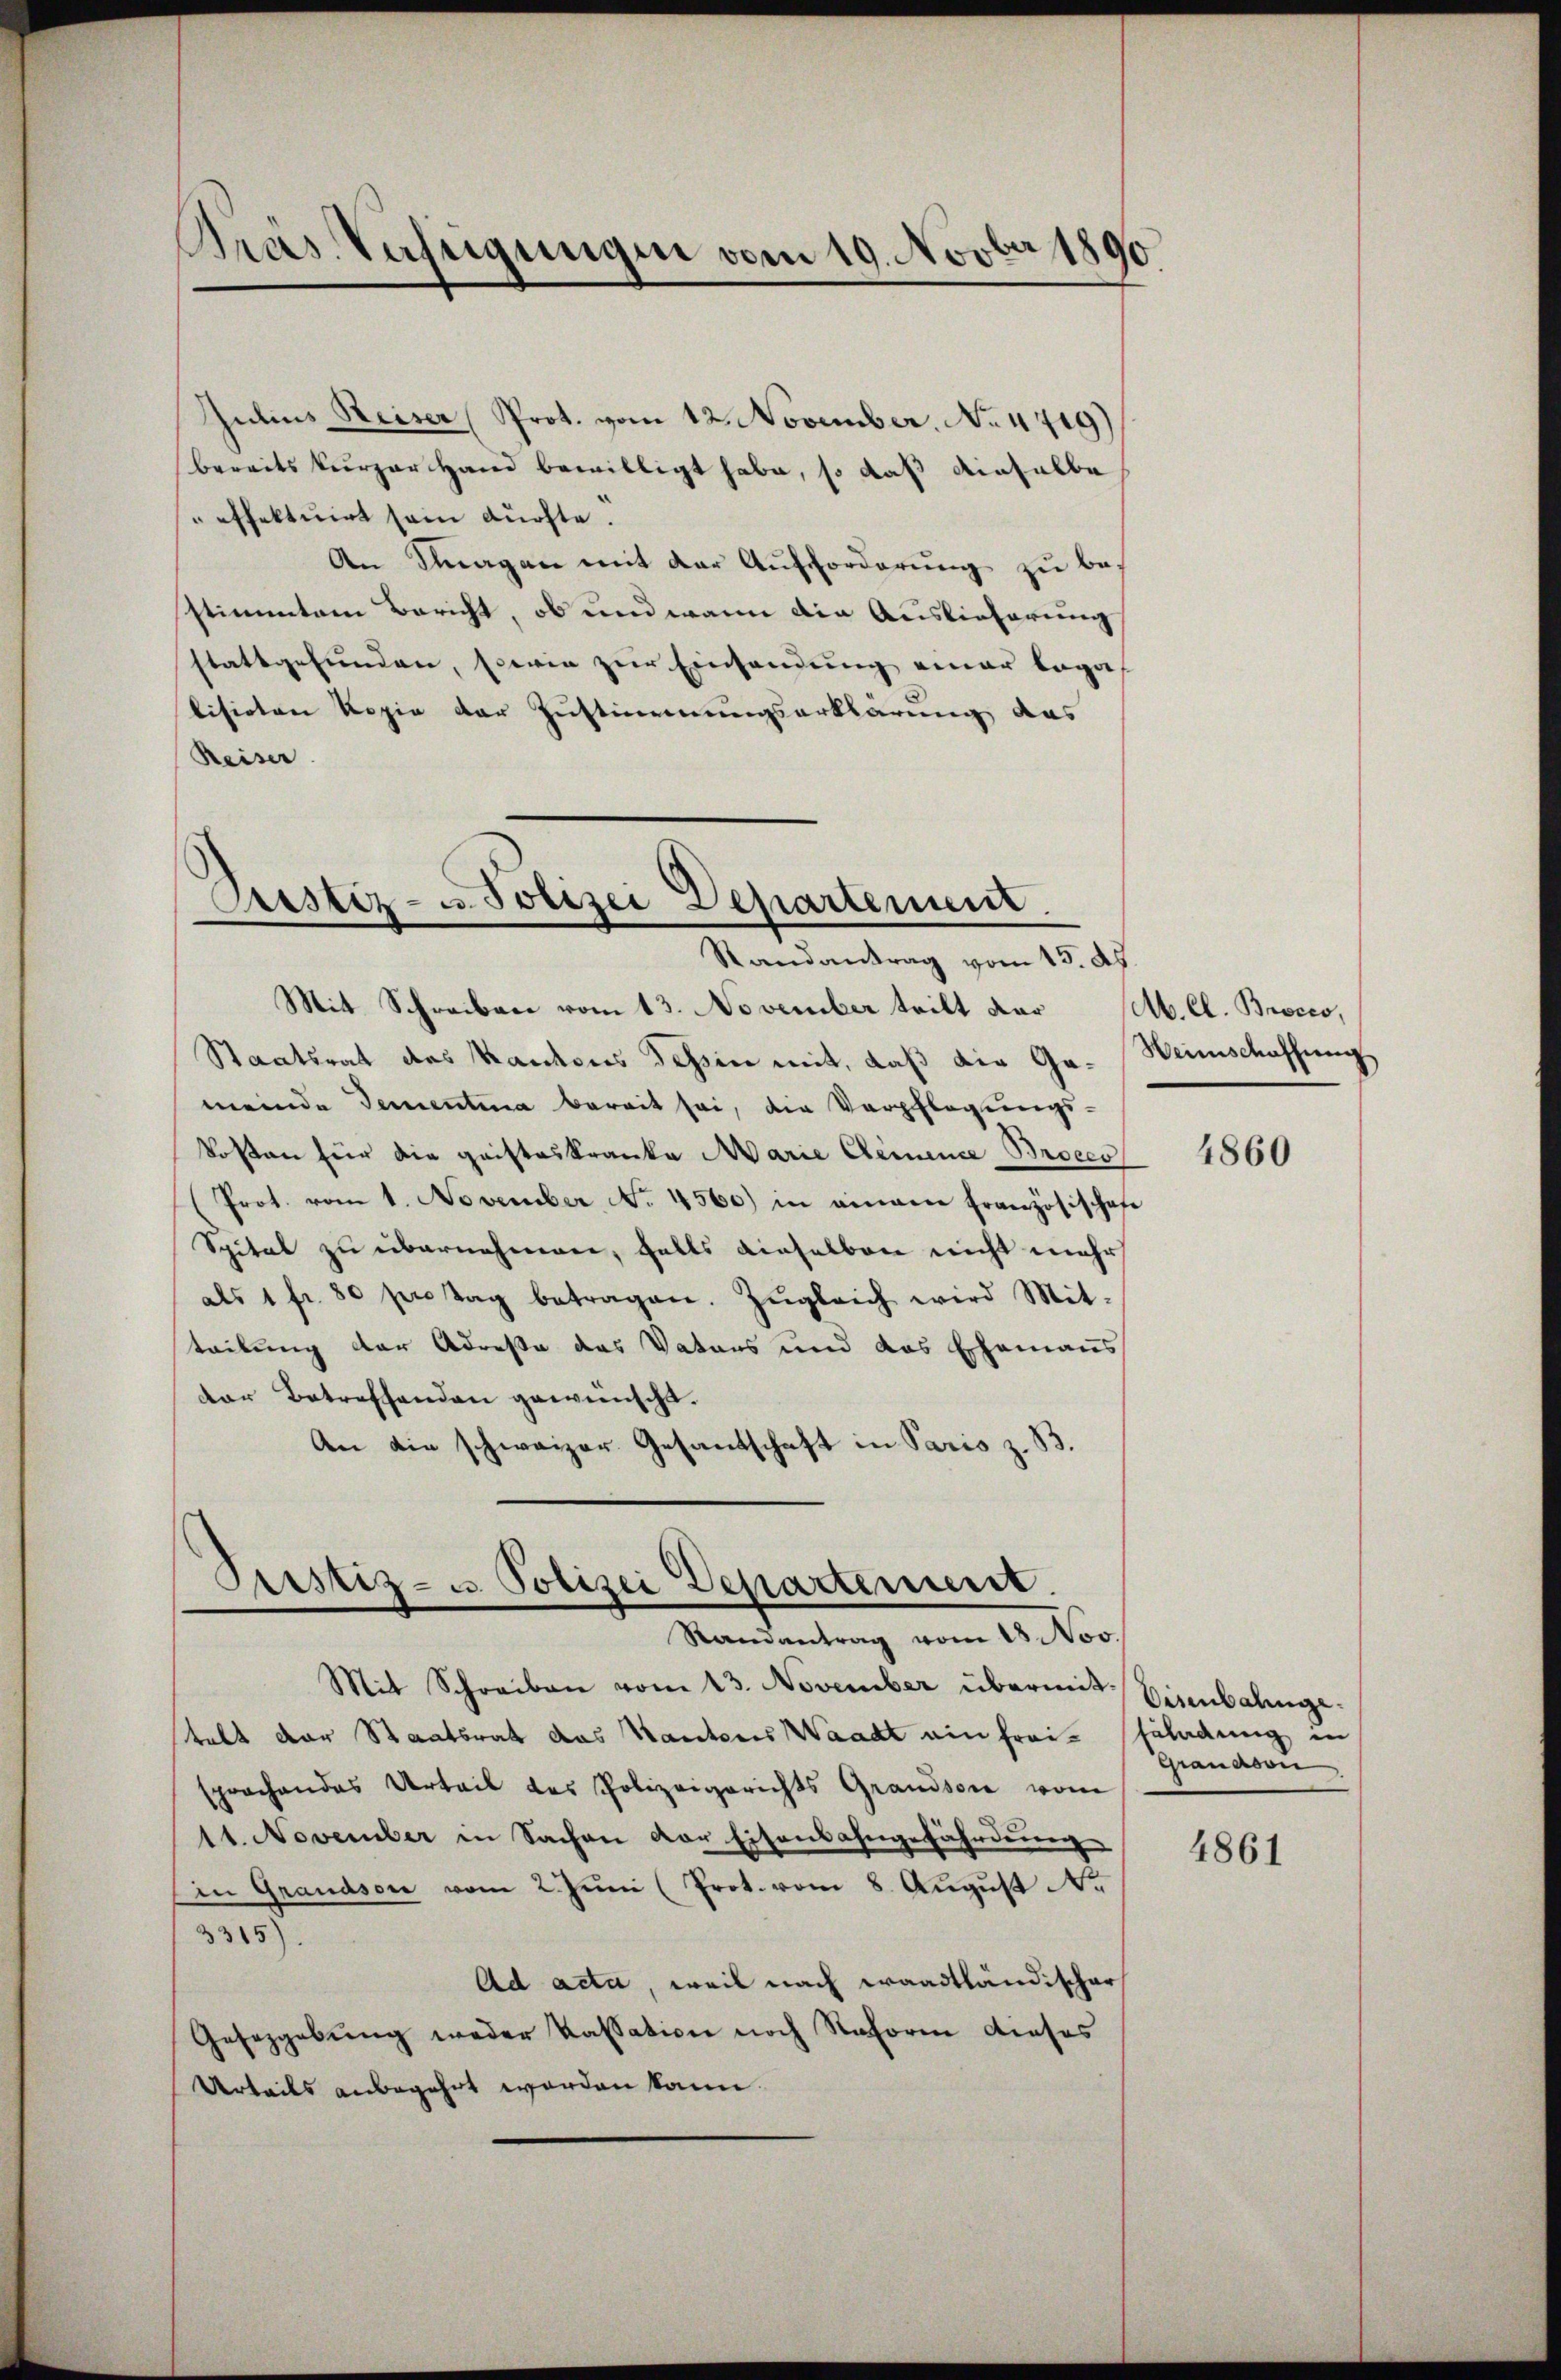
Gras Vateigungen vom 19. Novber 1890.

Julius Reiser Prot. vom 12. November. No. 4719)
bereits kurzer Hand bewilligt habe, so daß dieselbe
effektuirt sein dürfte.
An Klagen mit der Aufforderung zu bestimmtem Bericht, ob und wann die Auslieferung
stattgefunden, sowie zur Einsendung einer bega
visioten Kopie der Justimmungserklärung das
Reiser.

Prustiz- u. Polizei Departement.
Randantrag vom 15. Ap

Mit Schreiben vom 13. November teilt dar (b. Cl. Brocco,
Staatsrat des Kantons dessen mit, daß die Ga-Weinschaffung
meinde Gementina bereit sei, die Verpflegungs-
kosten für die gristeskranke Marie Clemence Broeco
Prot. vom 1. November No. 4560) in eingen Französischafe
Spital zu übernehmen, falls dieselben nicht mehr
als 1 fr. 80 per Tag betragen. Zŭgleich wird Mit-
teilung der Adresse des Vaters und das Ehemans
der Betreffenden gewünscht.
An die schweizer Gesandschaft in Paris z. S

Pustiz- u. Polizei Departement.
Randantrag vom 18. Nov.

Mit Schreiben vom 23. November übermit Eisenbalingetalt der Staatsrat das Kantons Waadt ein freisprachendes Urteil des Polizeigerichts Grandson vom
11. November in Sachen der Eisenbahngefährdung
An Grandson vom 2. Jŭni (Prot. vom 8. August N.
3315).
Ad acta, weil nach waadtländischer
Gesetzgebung weder Kassation noch Reform dieses
Urteils anbegehrt worden kann.

4860

Euladung in
Granason

4861